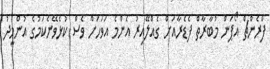
ފްރެންޗް އޯޕަން މުބާރާތް ފެޑެރާއަށް ގެއްލޭއިރު އެންމެ އަވަހަށް ވެސް ކުޅެވޭނެކަމުގެ އުންމީދު